Annual report of the Punjab Veterinary College and of the Civil Veterinary Department, Punjab - 1920-1925
Year: 1920
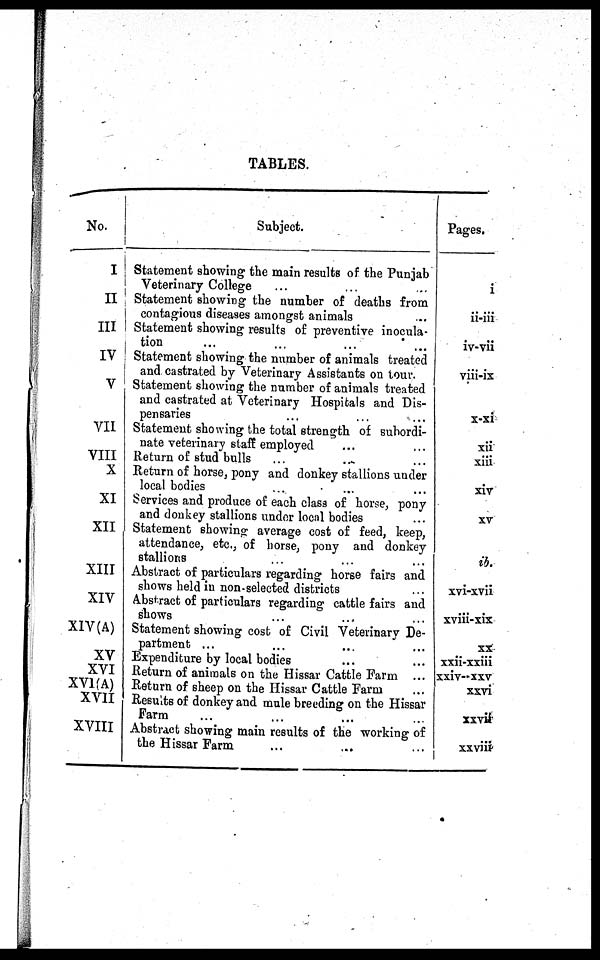
TABLES.
No.
I
II
III
IV
V
VII
VIII
X
XI
XII
XIII
XIV
XIV(A)
XV
XVI
XVI(A)
XVII
XVIII
Subject.
Statement showing the main results of the Punjab
Veterinary College ... ... ...
Statement showing the number of deaths from
contagious diseases amongst animals ...
Statement showing results of preventive inocula-
tion ... ... ... ... ...
Statement showing the number of animals treated
and castrated by Veterinary Assistants on tour.
Statement showing the number of animals treated
and castrated at Veterinary Hospitals and Dis-
pensaries ... ... ... ...
Statement showing the total strength of subordi-
nate veterinary staff employed ... ... ...
Return of stud bulls ... ... ...
Return of horse, pony and donkey stallions under
local bodies ... ... ... ...
Services and produce of each class of horse, pony
and donkey stallions under local bodies
Statement showing average cost of feed, keep,
attendance, etc., of horse, pony and donkey
stallions ... ... ...
Abstract of particulars regarding horse fairs and
shows held in non-selected districts
Abstract of particulars regarding cattle fairs and
shows ... ... ...
Statement showing cost of Civil Veterinary De-
partment ... ... ... ... ... ... ... ...
Expenditure by local bodies ... ... ... ...
Return of animals on the Hissar Cattle Farm ... ... ...
Return of sheep on the Hissar Cattle Farm ... ... ...
Results of donkey and mule breeding on the Hissar
Farm ... ... ... ...
Abstract showing main results of the working of
the Hissar Farm ... ... ...
Pages.
i
ii-iii
iv-vii
viii-ix
x-xi
xii
xiii
xiv
xv
ib.
xvi-xvii
xviii-xix
xx
xxii-xxiii
xxiv- xxv
xxvi
xxvii
xxviii